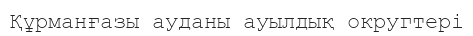
Құрманғазы ауданы ауылдық округтері